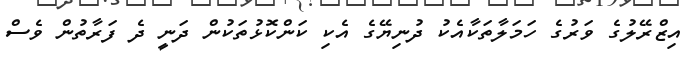
އިޒްރޭލުގެ ވަރުގެ ހަމަލާތަކާއެކު ދުނިޔޭގެ އެކި ކަންކޮޅުތަކުން ދަނީ ދެ ފަރާތުން ވެސް